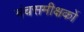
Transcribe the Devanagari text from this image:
मंचसमीक्षकों